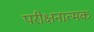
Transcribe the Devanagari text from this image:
परीक्षनात्मक